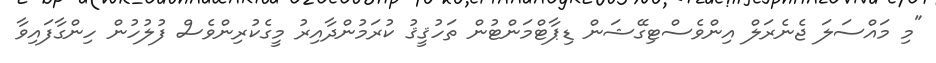
"މި މައްސަލަ ޖެނެރަލް އިންވެސްޓިގޭޝަން ޑިޕާޓްމަންޓުން ތަހުޤީޤު ކުރަމުންދާއިރު މީގެކުރިންވެސް ފުލުހުން ހިންގާފައިވާ